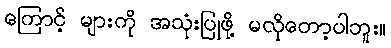
ကြောင့် များကို အသုံးပြုဖို့ မလိုတော့ပါဘူး။